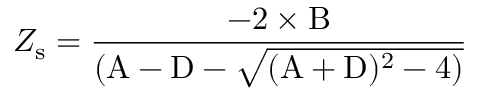
Z _ { \mathrm { s } } = \frac { - 2 \times \mathrm { B } } { ( \mathrm { A } - \mathrm { D } - \sqrt { ( \mathrm { A } + \mathrm { D } ) ^ { 2 } - 4 ) } }